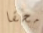
محقا